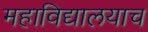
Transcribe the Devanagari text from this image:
महाविद्यालयाच